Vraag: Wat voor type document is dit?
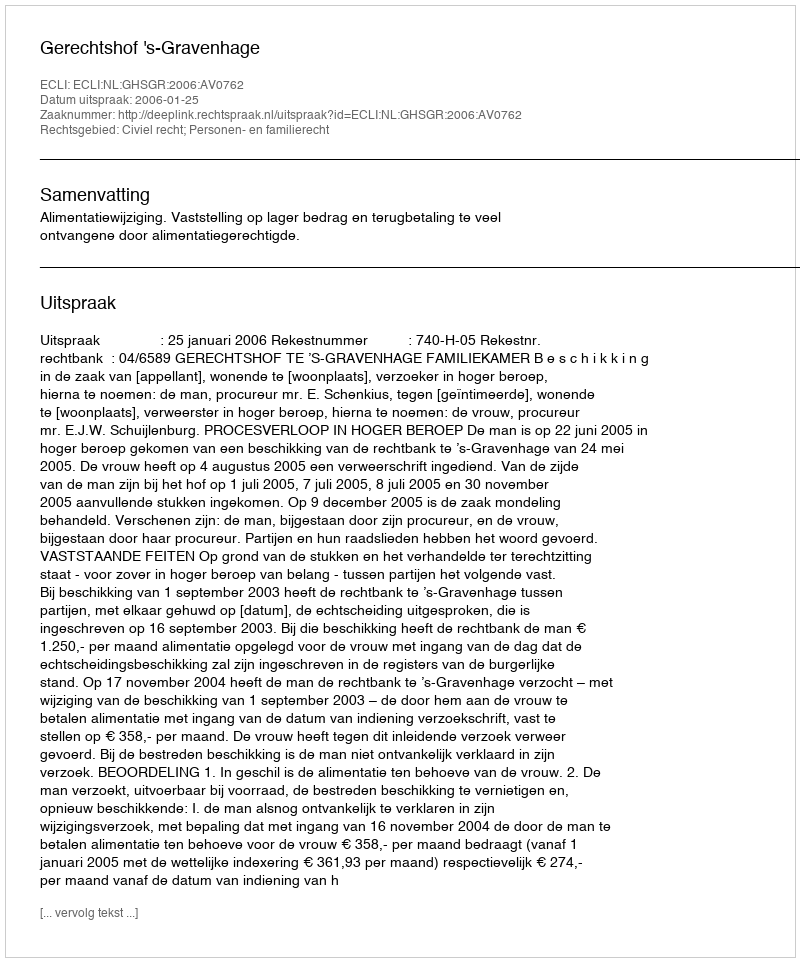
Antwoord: Uitspraak